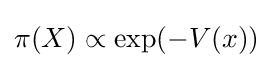
\pi (X)\propto \exp(-V(x))